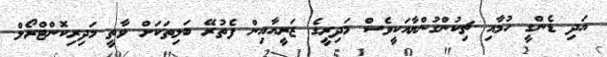
އަދި ޑެންގީ ހުމާއި ޗިކުންގުންޔާއަކީވެސް މަދިރީގެ ޒަރީއާއިން ފެތުރޭ ބަލިތަކަށް ވާތީ މަދިރިކޮންޓްރޯލް